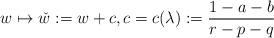
LaTeX: \begin{align*} w \mapsto \check{w} := w + c, c = c(\lambda) := \frac{1-a-b}{r-p-q} \end{align*}